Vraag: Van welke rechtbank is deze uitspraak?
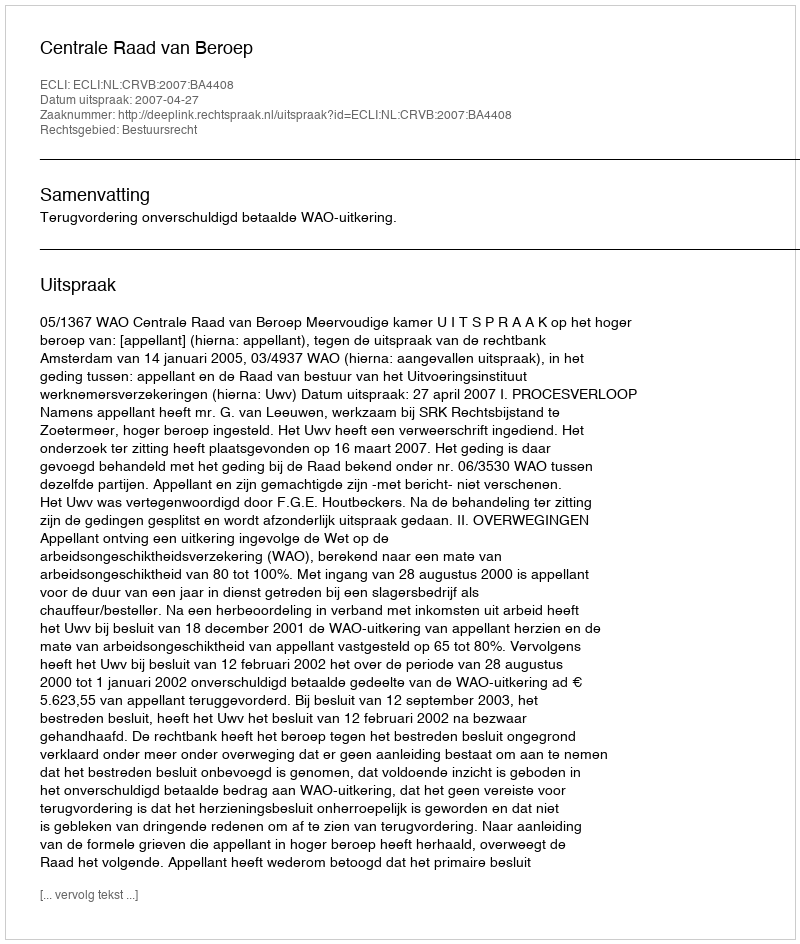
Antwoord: Centrale Raad van Beroep